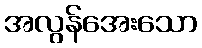
အလွန်အေးသော